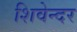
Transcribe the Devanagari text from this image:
शिवेन्दर